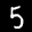
Label: 5